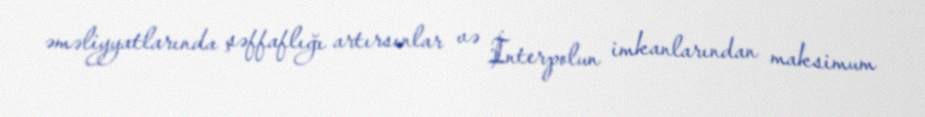
əməliyyatlarında şəffaflığı artırsınlar və İnterpolun imkanlarından maksimum